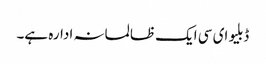
ڈبلیو ای سی ایک ظالمانہ ادارہ ہے۔